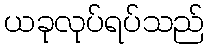
ယခုလုပ်ရပ်သည်